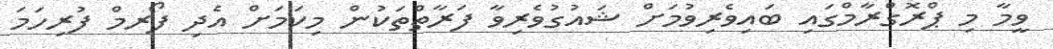
ވީމާ މި ޕްރޮގްރާމްގައި ބައިވެރިވުމަށް ޝައުގުވެރިވާ ފަރާތްތަކުން މިކަމަށް އެދި ފޯރމް ފުރިހަމަ